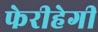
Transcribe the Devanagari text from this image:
फेरीहेगी